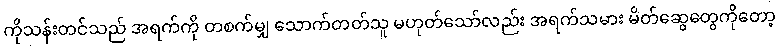
ကိုသန်းတင်သည် အရက်ကို တစက်မျှ သောက်တတ်သူ မဟုတ်သော်လည်း အရက်သမား မိတ်ဆွေတွေကိုတော့